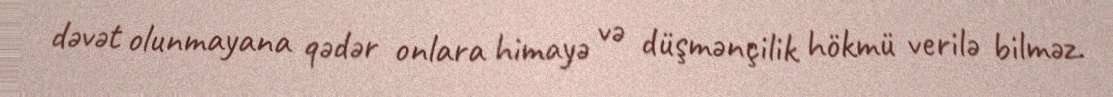
dəvət olunmayana qədər onlara himayə və düşmənçilik hökmü verilə bilməz.